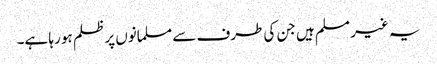
یہ غیر مسلم ہیں جن کی طرف سے مسلمانوں پر ظلم ہو رہا ہے۔